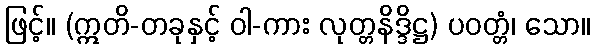
ဖြင့်။ (ဣတိ-တခုနှင့် ဝါ-ကား လုတ္တနိဒ္ဒိဋ္ဌ) ပဝတ္တံ၊ သော။